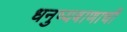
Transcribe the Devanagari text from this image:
धनुष्यबाणाची